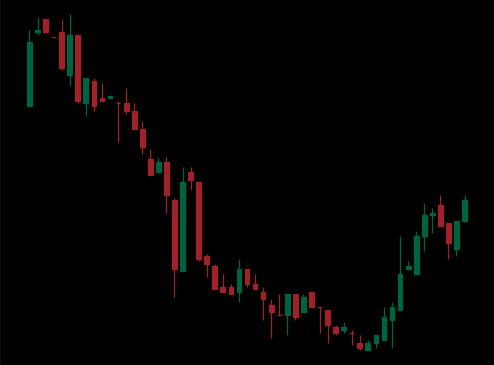
Pattern: bull_flag